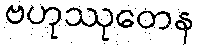
ဗဟုဿုတေန